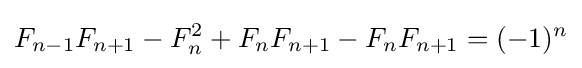
F_{n-1}F_{n+1}-F_{n}^{2}+F_{n}F_{n+1}-F_{n}F_{n+1}=(-1)^{n}